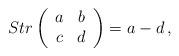
LaTeX: \begin{align*}Str \left ( \begin{array}{cc} a & b \\ c & d \end{array} \right ) = a - d \,,\end{align*}